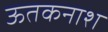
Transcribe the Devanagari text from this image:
ऊतकनाश